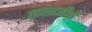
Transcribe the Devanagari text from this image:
लालाजींशी